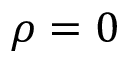
\rho = 0